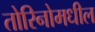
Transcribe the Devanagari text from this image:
तोरिनोमधील